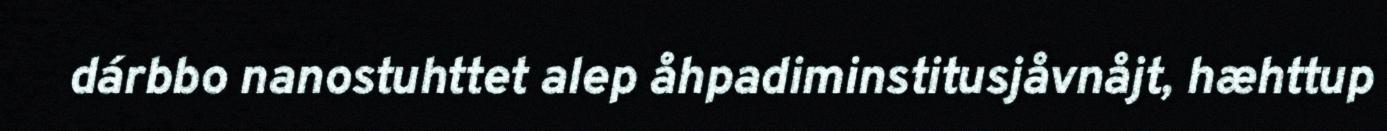
dárbbo nanostuhttet alep åhpadiminstitusjåvnåjt, hæhttup